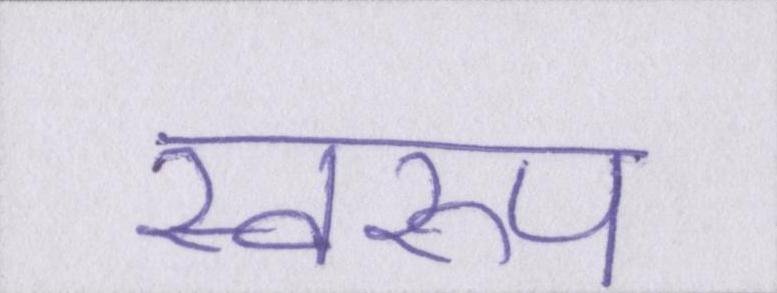
स्वरूप